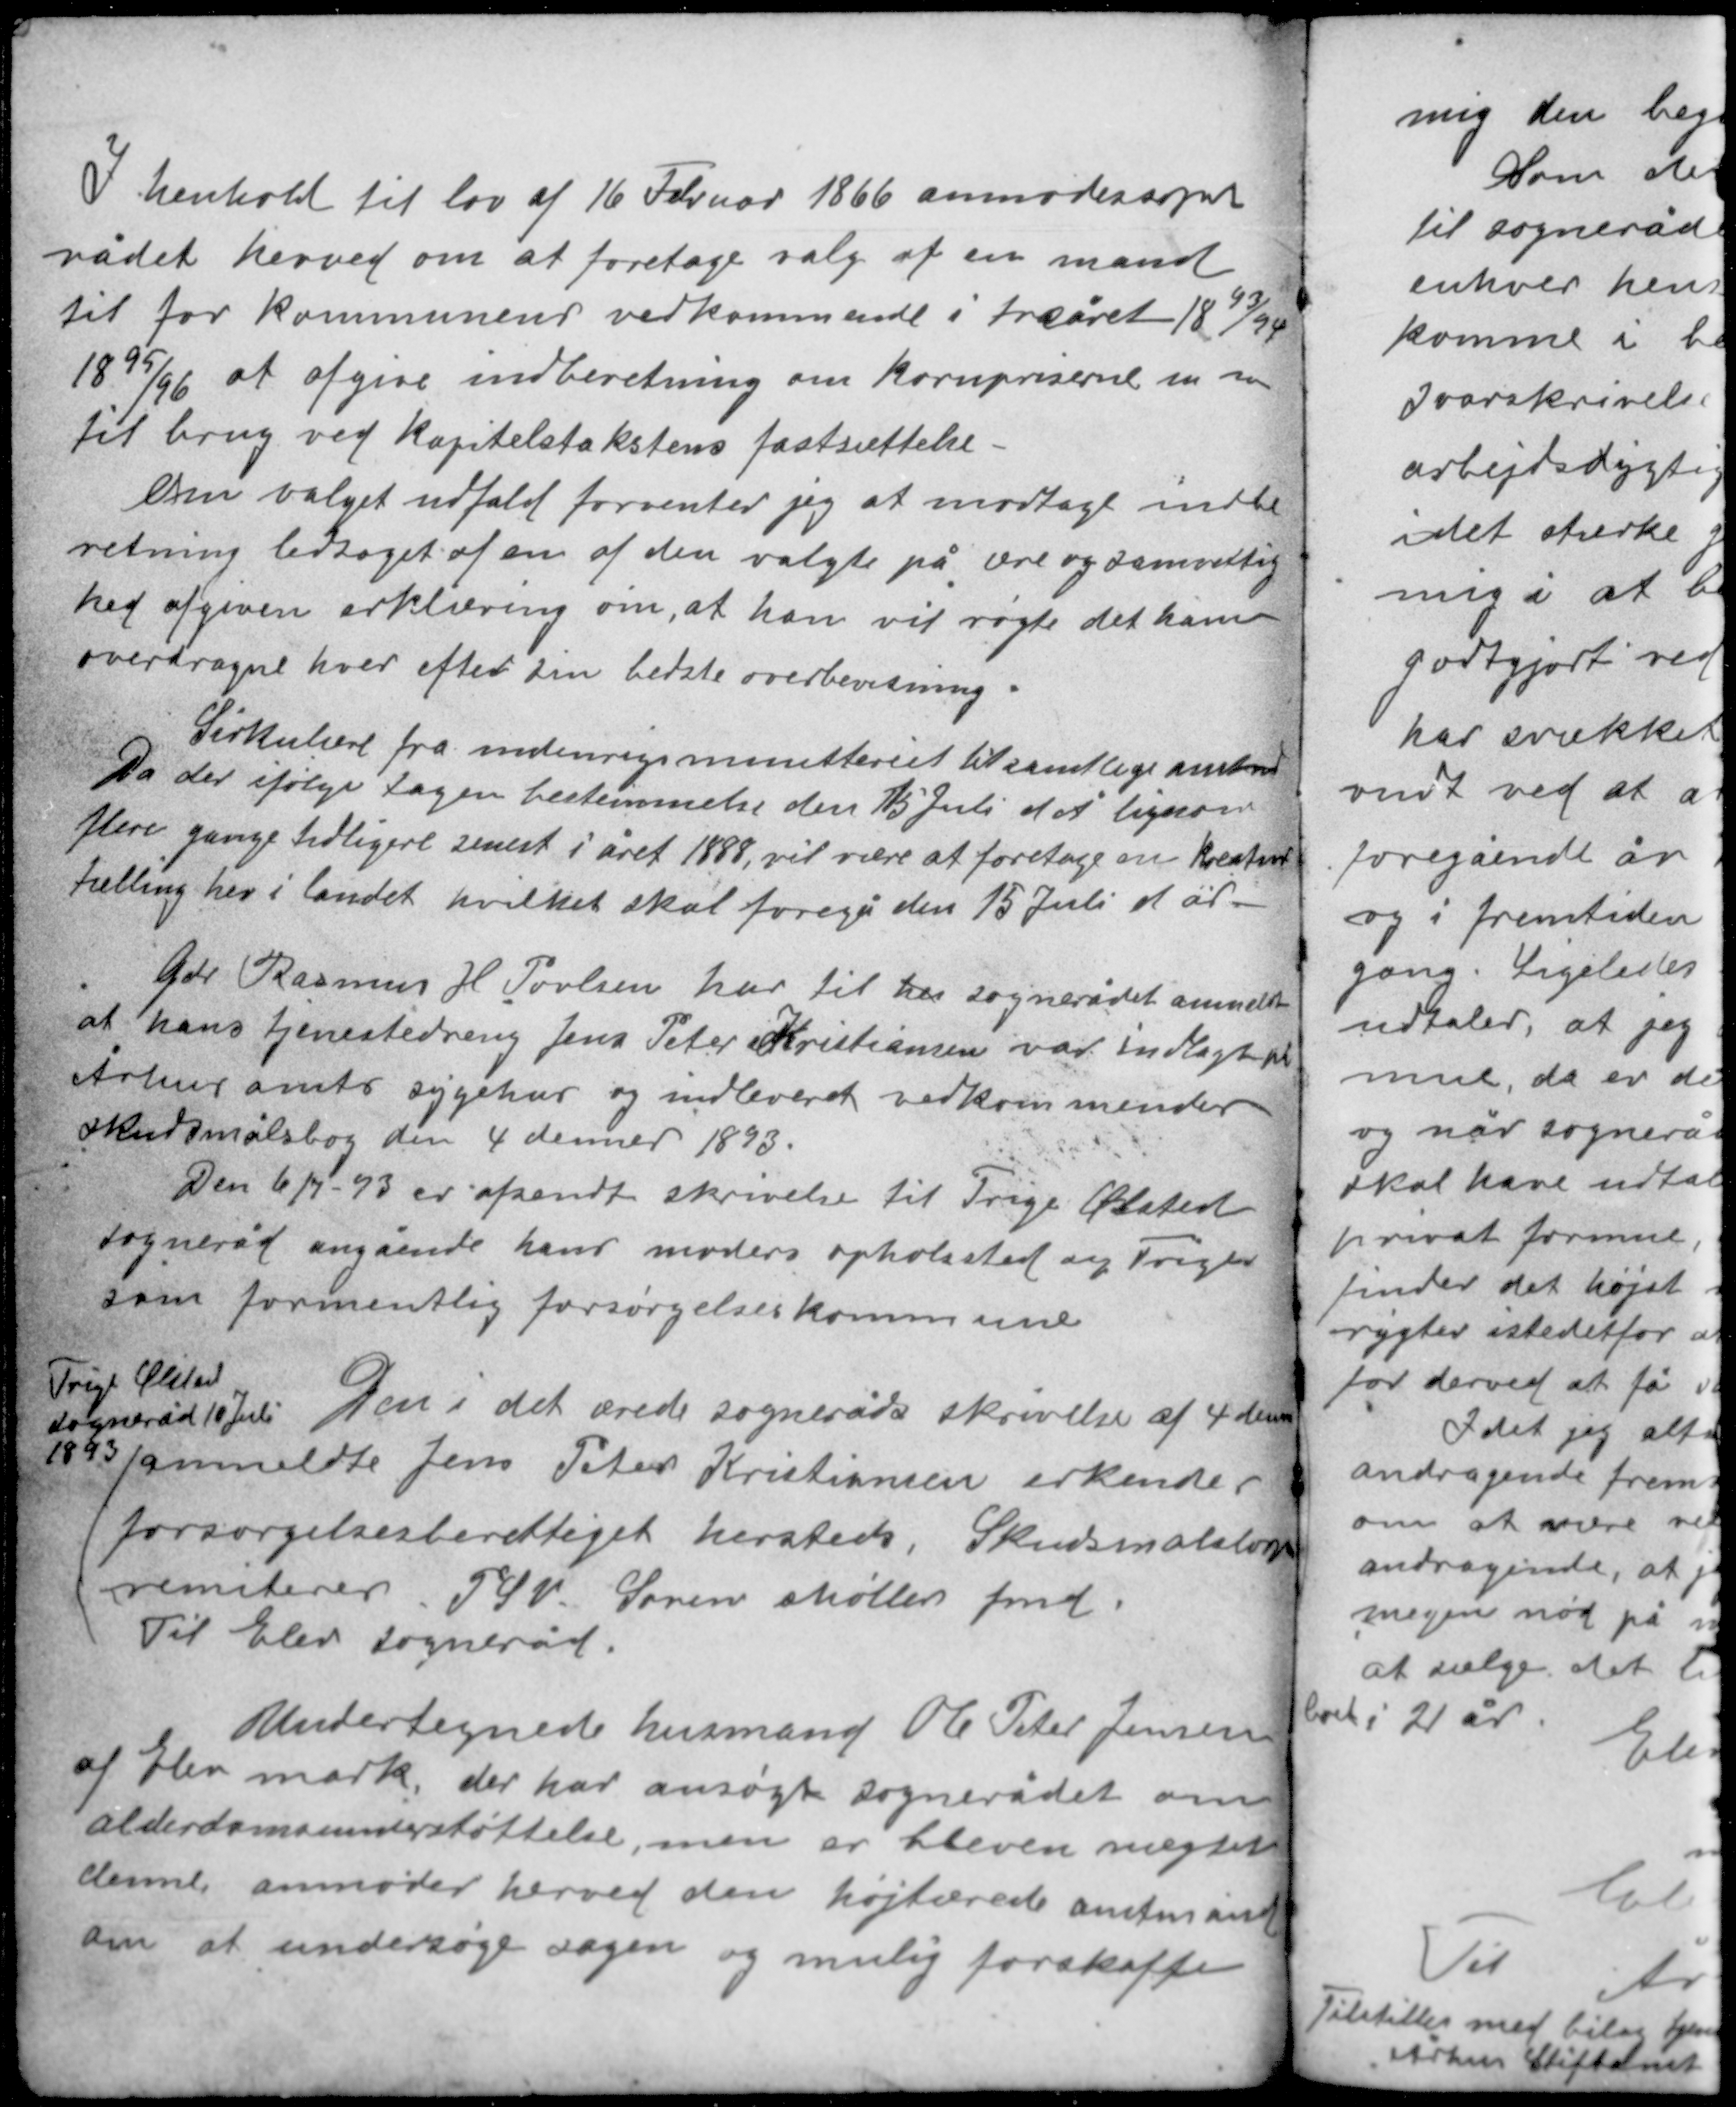
Transskription:
I henhold til lov af 16 Februar 1866 anmodes sogne-
rådet herved om at foretage valg af en mand
til for kommunens vedkommende i treåret 18 93/94
18 95/96 at afgive indberetning om kornpriserne mm
til brug ved kapitelstakstens fastsættelse.
em valget udfald forventer jeg at modtage indbe-
retning ledsaget af en af den valgte på ære og samvittig-
hed afgiven erklæring om, at han vil røgte det ham
overdragne hverv efter sin bedste overbevisning.

Sirkulære fra indenrigsministeriet til samtlige amter
Da der ifølge tagen bestemmelse den 15 Juli d Å ligesom
flere gange tidligere senest i året 1888, vil være at foretage en kreatur
tælling her i landet hvilket skal foregå den 15 Juli d år

Gdr Rasmus H Povlsen har til her sognerådet anmeldt
at hans tjenerdreng Jens Peter Kristiansen var indlagt på
Århus amts sygehus og indleverede vedkommendes
skudsmålsbog den 4 decmer 1893.
Den 6/7-93 er afsendt skrivelse til Trige Ølsted
sogneråd angående hans moders opholssted og Trige
som formentlig forsørgelseskommune.

Trige Ølsted
sogneråd 10 Juli
1893

Den i det ærede sogneråds skrivelse af 4 dennes

ommeldte Jens Peter Kristiansen erkendes
forsørgelsesberettiget hersteds. Skudsmålsbogen
remiteres. PSV Søren Møller fmd
Til Elev sogneråd

Undertegnede husmand Ole Peter Jensen
af Elev mark, der har ansøgt sognerådet om
alderdomsunderstøttelse, men er bleven nægtet
denne, anmoder herved den højtærede amtsmand
om at undersøge sagen og mulig forskaffe